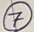
Text: 7